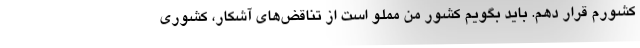
کشورم قرار دهم. باید بگویم کشور من مملو است از تناقض‌های آشکار، کشوری